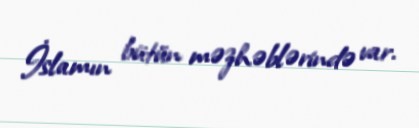
İslamın bütün məzhəblərində var.